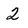
Character: 2